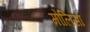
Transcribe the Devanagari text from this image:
मोलिसा